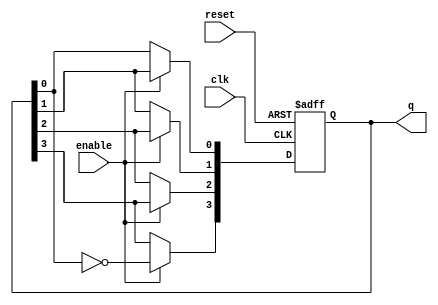
module johnson_counter (
    input wire clk,          // Clock signal
    input wire enable,       // Enable signal
    input wire reset,        // Asynchronous reset signal
    output reg [3:0] q       // 4-bit output representing the counter state
);

    // Always block triggered on the rising edge of the clock or reset
    always @(posedge clk or posedge reset) begin
        if (reset) begin
            // Asynchronous reset: set all flip-flops to 0
            q <= 4'b0000;
        end else if (enable) begin
            // Johnson counter logic
            q[3] <= ~q[0];      // Invert the last flip-flop output and feed it to the first
            q[2] <= q[3];       // Shift the state
            q[1] <= q[2];       // Shift the state
            q[0] <= q[1];       // Shift the state
        end
        // If enable is low, retain the current state (no else needed)
    end

endmodule